Insane asylums in Bengal annual reports 1876-1887 - 1876-1887
Year: 1876
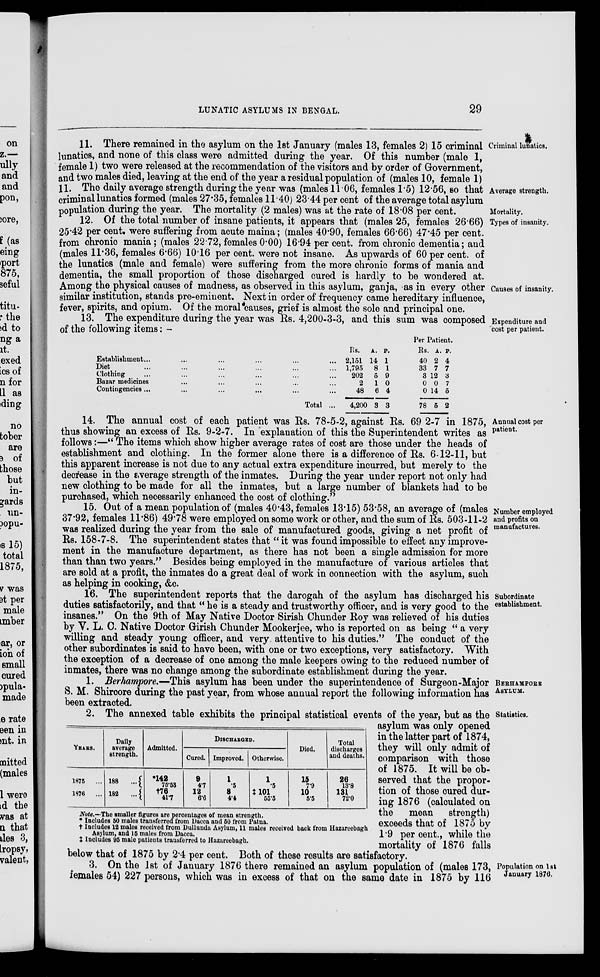
LUNATIC ASYLUMS IN BENGAL.
29
Criminal lunatics.
Average strength.
Mortality.
11. There remained in the asylum on the 1st January (males 13, females 2) 15 criminal
lunatics, and none of this class were admitted during the year. Of this number (male 1,
female 1) two were released at the recommendation of the visitors and by order of Government,
and two males died, leaving at the end of the year a residual population of (males 10, female 1)
11. The daily average strength during the year was (males 11.06, females 1.5) 12.56, so that
criminal lunatics formed (males 27.35, females 11.40) 23.44 per cent of the average total asylum
population during the year. The mortality (2 males) was at the rate of 18.08 per cent.
Types of insanity.
Causes of insanity.
12. Of the total number of insane patients, it appears that (males 25, females 26.66)
25.42 per cent. were suffering from acute maina; (males 40.90, females 66.66) 47.45 per cent.
from chronic mania ; (males 22.72, females 0.00) 16.94 per cent. from chronic dementia; and
(males 11.36, females 6.66) 10.16 per cent. were not insane. As upwards of 60 per cent. of
the lunatics (male and female) were suffering from the more chronic forms of mania and
dementia, the small proportion of those discharged cured is hardly to be wondered at.
Among the physical causes of madness, as observed in this asylum, ganja, as in every other
similar institution, stands pre-eminent. Next in order of frequency came hereditary influence,
fever, spirits, and opium. Of the moral causes, grief is almost the sole and principal one.
Expenditure and
cost per patient.
13. The expenditure during the year was Rs. 4,200-3-3, and this sum was composed
of the following items: -
Establishment ... ... ... ... ... ...
Diet ... ... ... ... ... ...
Clothing ... ... ... ... ...
Bazar medicines ... ... ... ...
Contingencies ... ... ... ... ...
Total ...
Rs.
2,151
1,795
202
2
48
4,200
A.
14
8
5
1
6
3
P.
1
1
9
0
4
3
Per Patient.
Rs.
40
33
3
0
0
78
A.
2
7
12
0
14
5
P.
4
7
3
7
5
2
Annual cost per
patient.
14. The annual cost of each patient was Rs. 78-5-2, against Rs. 69 2-7 in 1875,
thus showing an excess of Rs. 9-2-7. In explanation of this the Superintendent writes as
follows:—“ The items which show higher average rates of cost are those under the heads of
establishment and clothing. In the former alone there is a difference of Rs. 6-12-11, but
this apparent increase is not due to any actual extra expenditure incurred, but merely to the
decrease in the average strength of the inmates. During the year under report not only had
new clothing to be made for all the inmates, but a large number of blankets had to be
purchased, which necessarily enhanced the cost of clothing.”
Number employed
and profits on
manufactures.
15. Out of a mean population of (males 40.43, females 13.15) 53.58, an average of (males
37.92, females 11.86) 49.78 were employed on some work or other, and the sum of Rs. 503-11-2
was realized during the year from the sale of manufactured goods, giving a net profit of
Rs. 158-7-8. The superintendent states that “ it was found impossible to effect any improve-
ment in the manufacture department, as there has not been a single admission for more
than than two years.” Besides being employed in the manufacture of various articles that
are sold at a profit, the inmates do a great deal of work in connection with the asylum, such
as helping in cooking, &c.
Subordinate
establishment.
16. The superintendent reports that the darogah of the asylum has discharged his
duties satisfactorily, and that “ he is a steady and trustworthy officer, and is very good to the
insanes.” On the 9th of May Native Doctor Sirish Chunder Roy was relieved of his duties
by V. L. C. Native Doctor Girish Chunder Mookerjee, who is reported on as being “ a very
willing and steady young officer, and very, attentive to his duties.” The conduct of the
other subordinates is said to have been, with one or two exceptions, very satisfactory. With
the exception of a decrease of one among the male keepers owing to the reduced number of
inmates, there was no change among the subordinate establishment during the year.
BERHAMPORE
ASYLUM.
1. Berhampore.—This asylum has been under the superintendence of Surgeon-Major
S. M. Shircore during the past year, from whose annual report the following information has
been extracted.
Statistics.
YEARS.
1875
...
1876
...
Daily
average
strength.
188 ...
182 ...
Admitted.
*142
75.53
†76
41.7
DISCHARGED.
Cured.
9
4.7
12
6.6
Improved.
1
.5
8
4.4
Otherwise.
1
.5
‡101
55.5
Died.
15
7.9
10
5.5
Total
discharges
and deaths.
26
13.8
131
72.0
Note.—The smaller figures are percentages of mean strength.
* Includes 50 males transferred from Dacca and 50 from Patna.
† Includes 12 males received from Dullunda Asylum, 11 males received back from Hazareebagh
Asylum, and 15 males from Dacca.
‡ Includes 95 male patients transferred to Hazareebagh.
2. The annexed table exhibits the principal statistical events of the year, but as the
asylum was only opened
in the latter part of 1874,
they will only admit of
comparison with those
of 1875. It will be ob-
served that the propor-
tion of those cured dur-
ing 1876 (calculated on
the
mean
strength)
exceeds that of 1875 by
1.9 per cent., while the
mortality of 1876 falls
below that of 1875 by 2.4 per cent. Both of these results are satisfactory.
Population on 1st
January 1876.
3. On the 1st of January 1876 there remained an asylum population of (males 173,
females 54) 227 persons, which was in excess of that on the same date in 1875 by 116